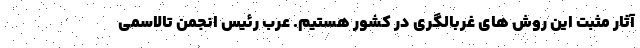
آثار مثبت این روش های غربالگری در کشور هستیم. عرب رئیس انجمن تالاسمی